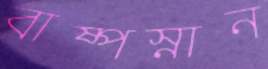
বাষ্পস্নান